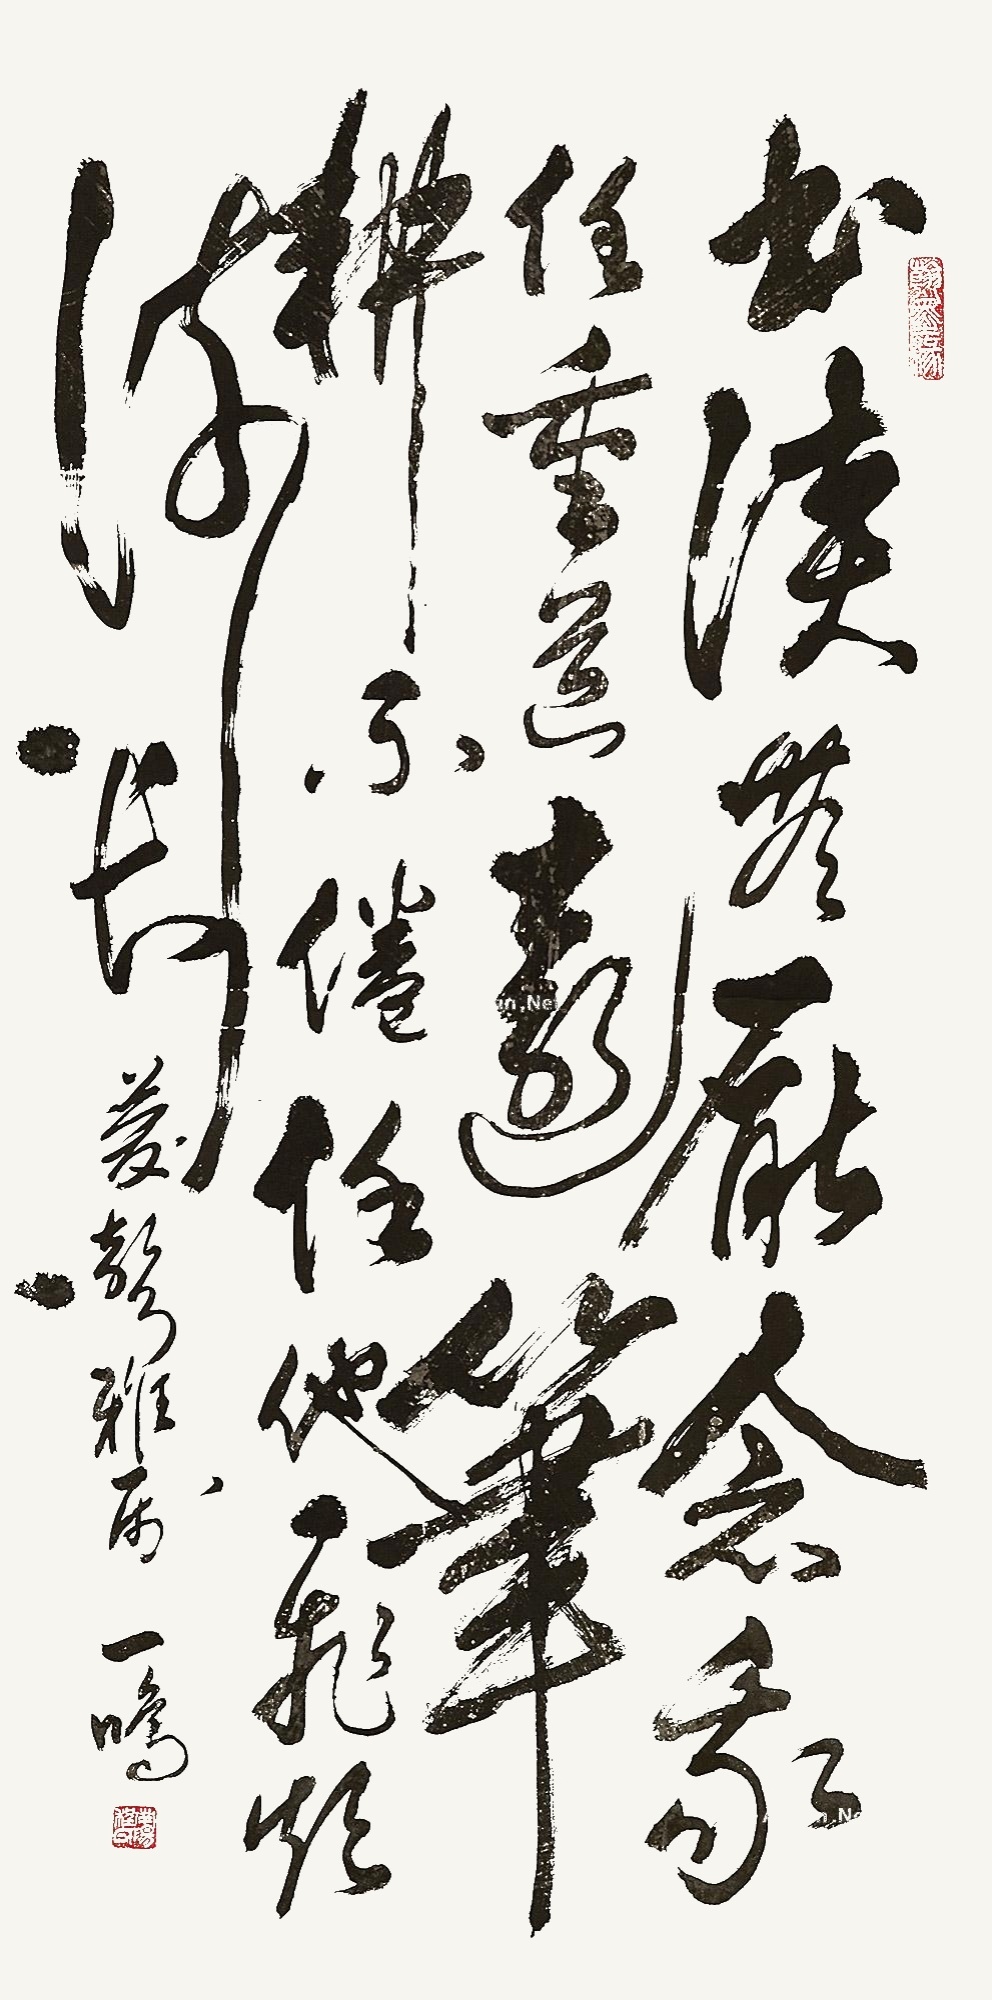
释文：书读无厌念，我任重道远，笔耕不倦任，他飞欲流长。庆声雅属。一鸣。